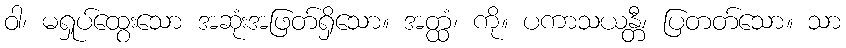
ဝါ၊ မရှုပ်ထွေးသော အဆုံးအဖြတ်ရှိသော။ အတ္ထံ၊ ကို။ ပကာသယန္တီ၊ ပြတတ်သော။ သာ